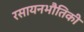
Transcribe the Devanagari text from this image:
रसायनभौतिकी